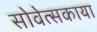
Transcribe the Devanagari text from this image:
सोवेत्सकाया